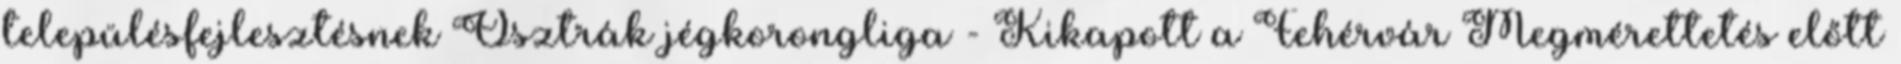
településfejlesztésnek Osztrák jégkorongliga - Kikapott a Fehérvár Megmérettetés előtt